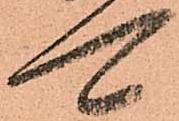
可